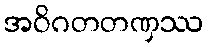
အဝိဂတတဏှဿ